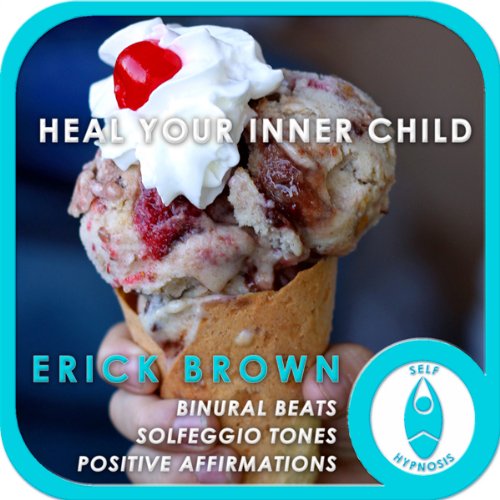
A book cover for Heal Your Inner Child: Self-Hypnosis and Meditation; Erick Brown; Self-Help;